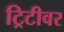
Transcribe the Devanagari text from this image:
ट्रिटीवर